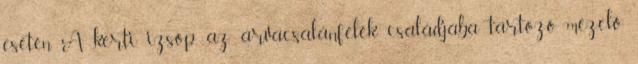
esetén. A kerti izsóp az árvacsalánfélék családjába tartozó, mézelő